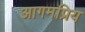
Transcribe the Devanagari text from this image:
आगमप्रिय